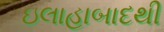
ઇલાહાબાદથી